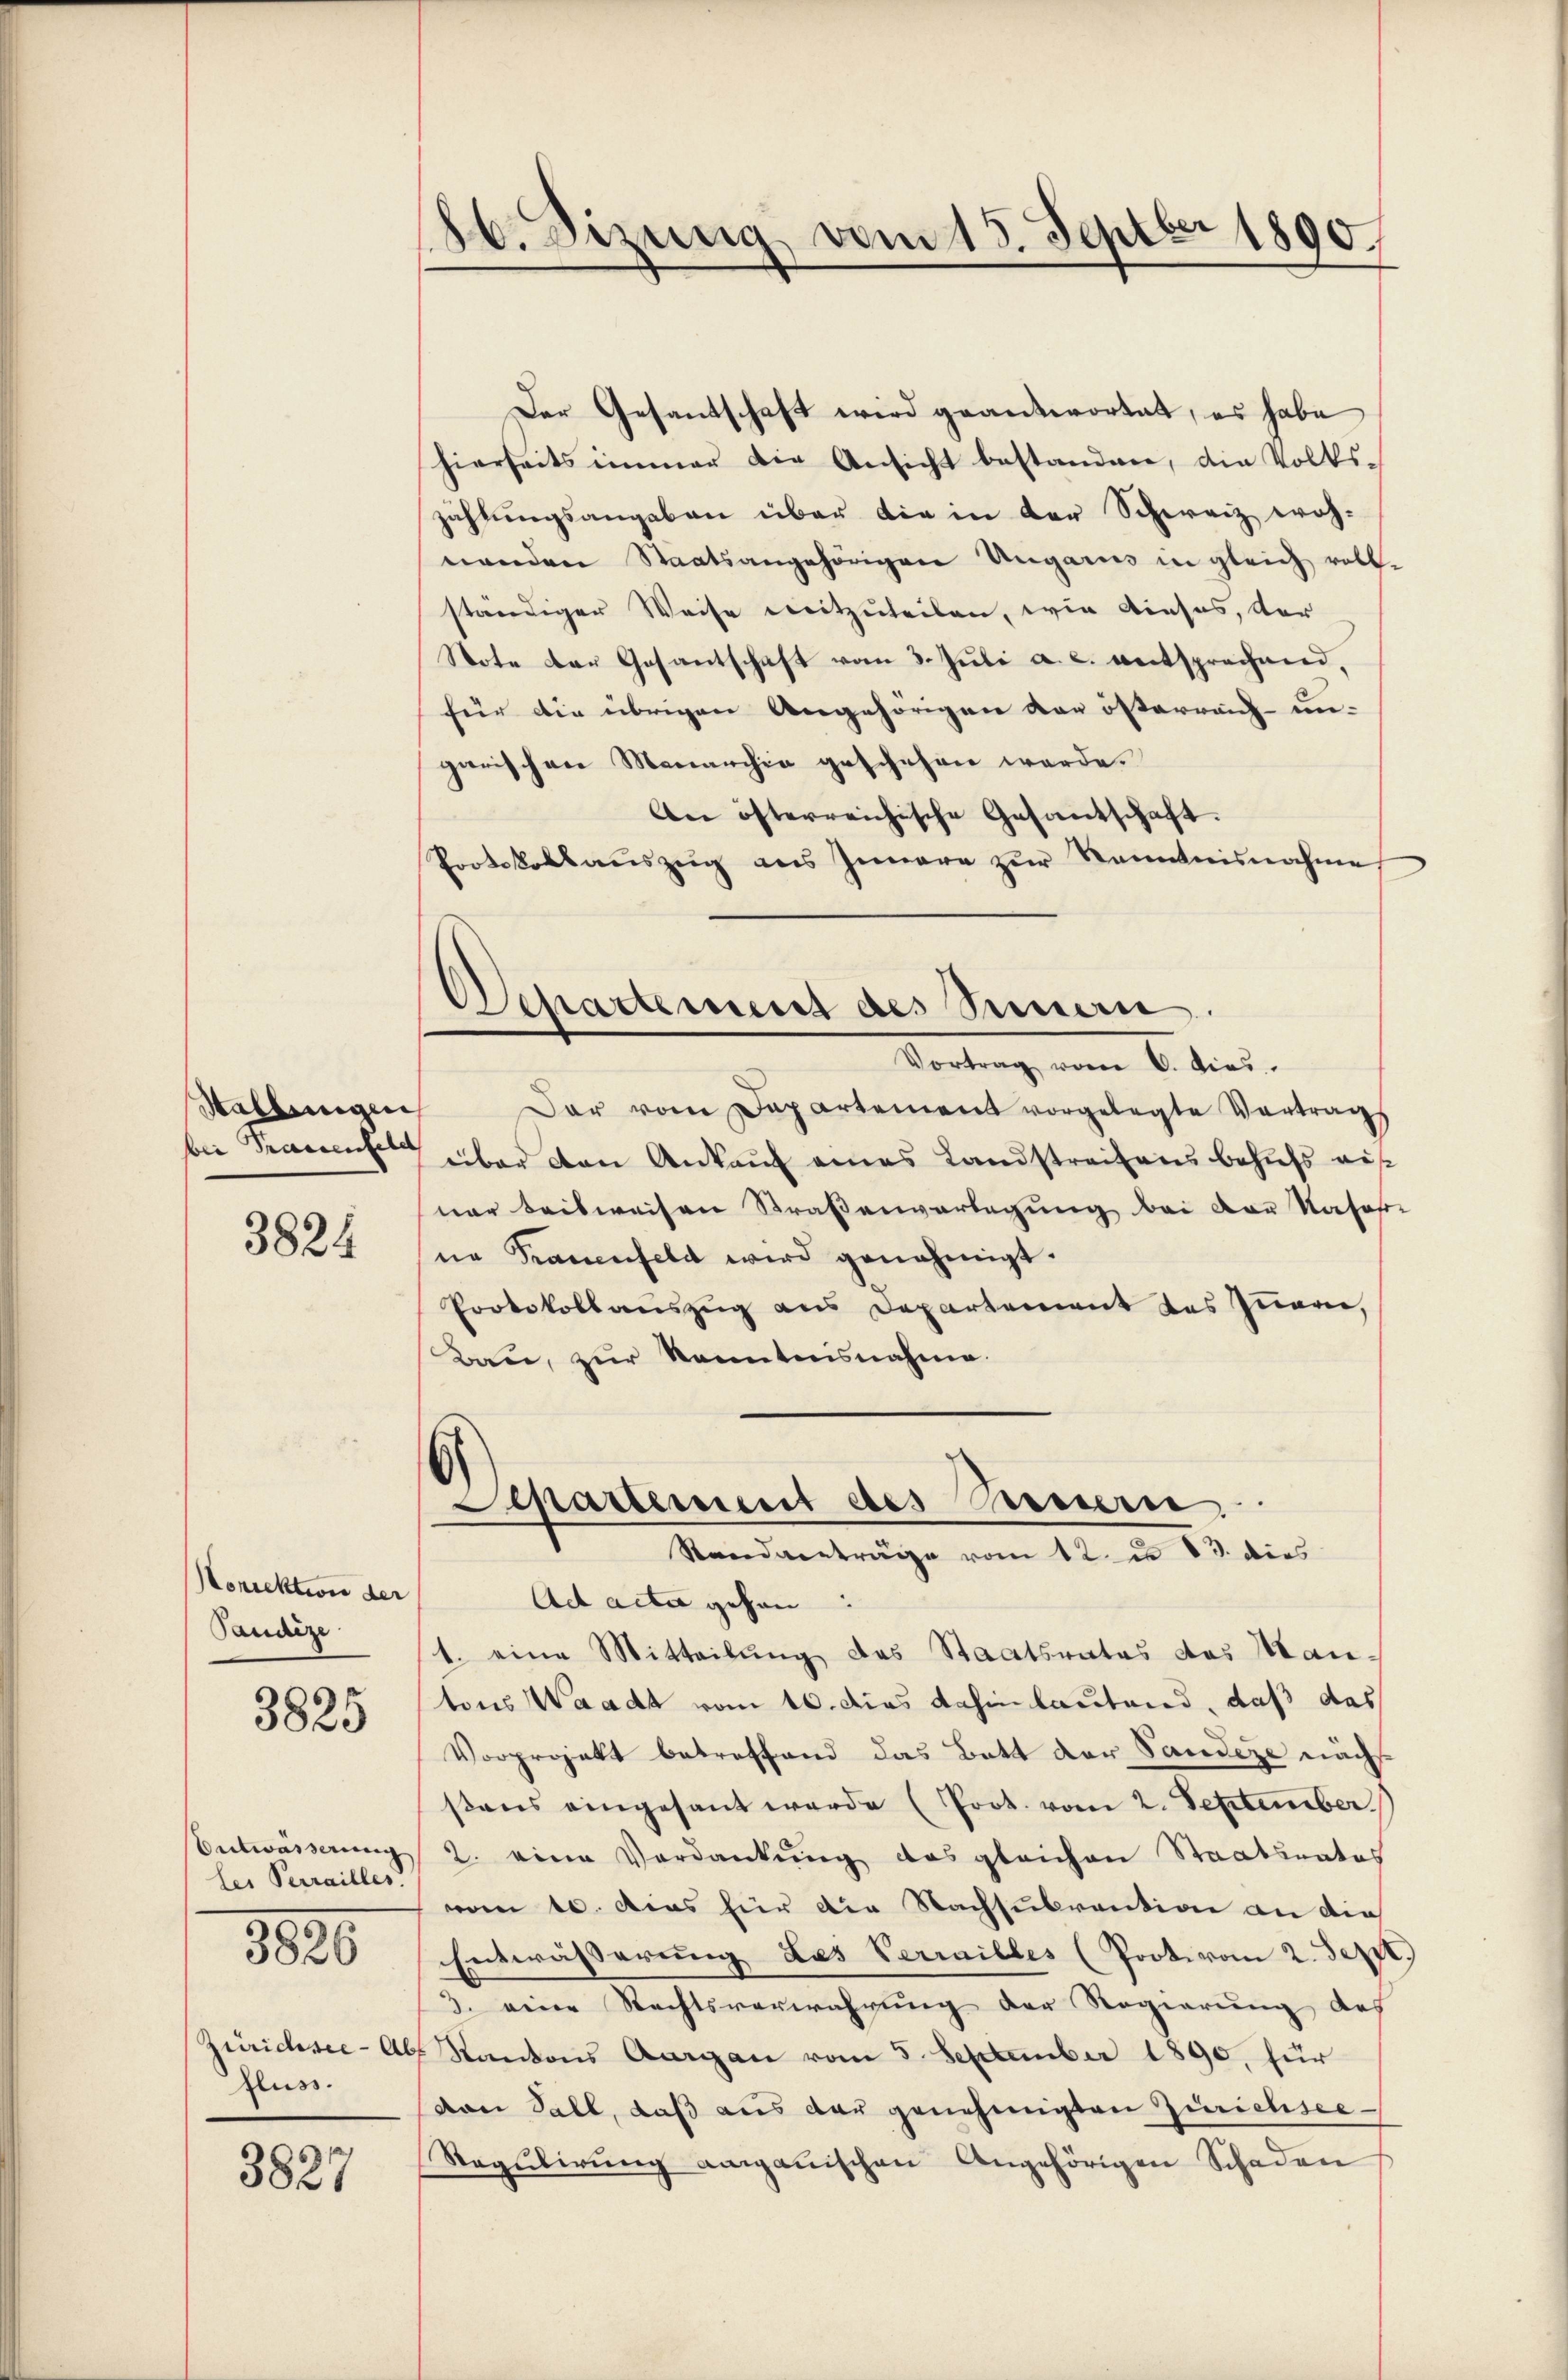
Stallungen
bei Praesenfeld

3824

Norrektion der
Paudize

3825

ler Perrailles.
fluss.

3825

3827

186. Sizung vom 15. Septbr 1890.

Der Gesantschaft wird geantwortet, es habe
hierseits immer die Ansicht bestanden, die Volkszählungsangaben über die in der Schweiz wohnenden Staatsangehörigen Ungaris in gleich voll-
ständiger Weise mitzuteilen, wie dieses, der
Note der Gosantschaft vom 3. Juli a. c. entsprechend,
für die übrigen Angehörigen der österranz-un-
garischen Monarchia geschehen werde.
An österreichische Gesantschaft.
Protokollauszug aus Innere zur Kenntnisnahme
Separtement des Seman
Vortrag vom 6. dies
Dar vom Departement vorgelegte Vertrags
über den Ankaŭf eines Landstreitens behufs eis
ner beisweisen Straßenverlegung bei der Nasofer
ne Krauenfeld wird genehmigt.
Protokollauszug aus Departement des Quare,
Bau, zur Kenntnisnahme.

Separtement des Beiern.
Standverträge vom 12. u 13. dies

Ad acta gehen:
1. eine Mitteilung das Staatsrates das Mantons Waadt vom 10. dies dahin lautend, daß das
Vorprojekt betreffend das Bett der Sandere nächsßens eingesant werde (Prot. vom 2. September.
Entwässerung 2. eine Verdankung das gleichen Staatsrates
vom 10. dies für die Nachsubvention an die
Entwässerŭng das Verrailles (Prote vom 2. Sept.
3. eine Rechtsverwahrung der Regierung des
Zürichsee - Als Kantons Aargau vom 5. September 1890, für
den Fall, daß aus der genehmigten Zürichsee¬
Regulirung angauischen Angehörigen Schaden